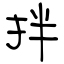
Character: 拌